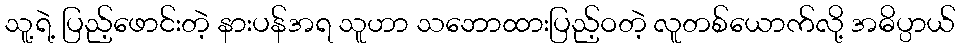
သူ့ရဲ့ ပြည့်ဖောင်းတဲ့ နားပန်အရ သူဟာ သဘောထားပြည့်ဝတဲ့ လူတစ်ယောက်လို့ အဓိပ္ပာယ်